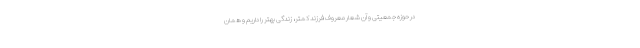
در حوزه جمعیتی و آن شعار معروف فرزند کمتر، زندگی بهتر را داریم و همان